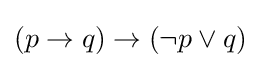
(p\rightarrow q)\rightarrow (\neg p\vee q)